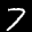
Label: 7